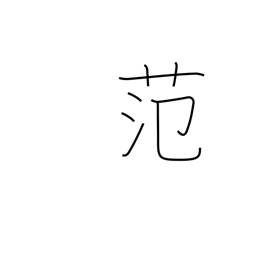
Meaning: casting mould